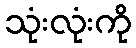
သုံးလုံးကို